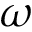
\omega